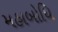
મહાબોધિ